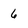
Character: 6